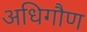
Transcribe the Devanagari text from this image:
अधिगौण